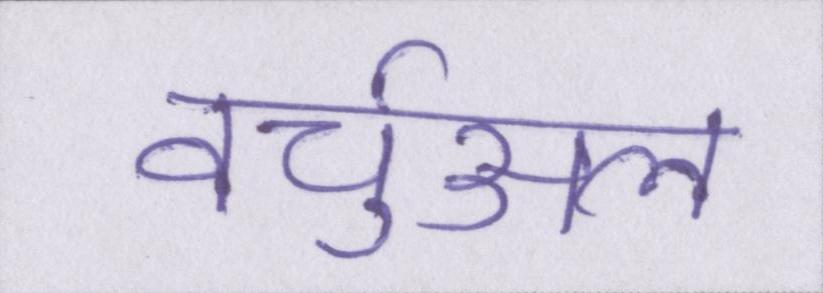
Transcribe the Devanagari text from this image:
वर्चुअल